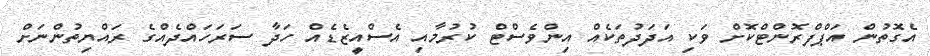
އެގޮތުން އަޕްފްރޮންޓްކޮށް ވަކި އަދަދުތަކެއް އިންވެސްޓް ކުރުމާއި އެސްއީޒެޑެއް ހަދާ ސަރަހައްދެއްގެ ރައްޔިތުންނަށް